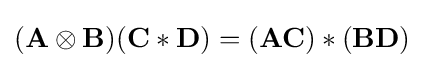
(\mathbf {A} \otimes \mathbf {B} )(\mathbf {C} \ast \mathbf {D} )=(\mathbf {A} \mathbf {C} )\ast (\mathbf {B} \mathbf {D} )